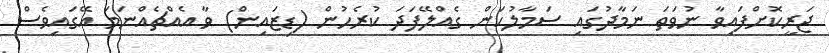
ޖަރީކޮށްފައިވާ ނުވަތަ ނަމާދުގައި ސަމާލުކަން ގެއްލޭފަދަ ކުރެހުން (ޑިޒައިން) ވާ އެއްޗެއްނަމަ އޭގައިވެސް